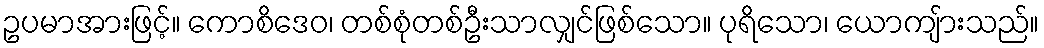
ဥပမာအားဖြင့်။ ကောစိဒေဝ၊ တစ်စုံတစ်ဦးသာလျှင်ဖြစ်သော။ ပုရိသော၊ ယောကျ်ားသည်။